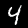
Digit: 4